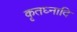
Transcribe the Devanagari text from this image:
कृतघ्नादि